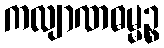
ကလျာဏဓမ္မဉ္စ